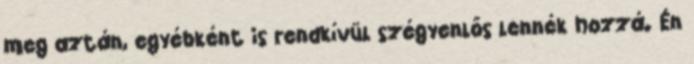
meg aztán, egyébként is rendkívül szégyenlős lennék hozzá. Én